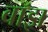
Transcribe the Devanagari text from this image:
बॉझ